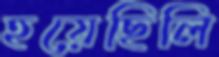
হয়েছিলি